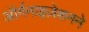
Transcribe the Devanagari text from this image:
ऑर्गनाइज़ेशनने